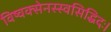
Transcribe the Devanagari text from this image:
विष्वक्सेनस्स्वसिद्धिदः।